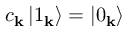
c _ { \mathbf { k } } \left| 1 _ { \mathbf { k } } \right\rangle = \left| 0 _ { \mathbf { k } } \right\rangle